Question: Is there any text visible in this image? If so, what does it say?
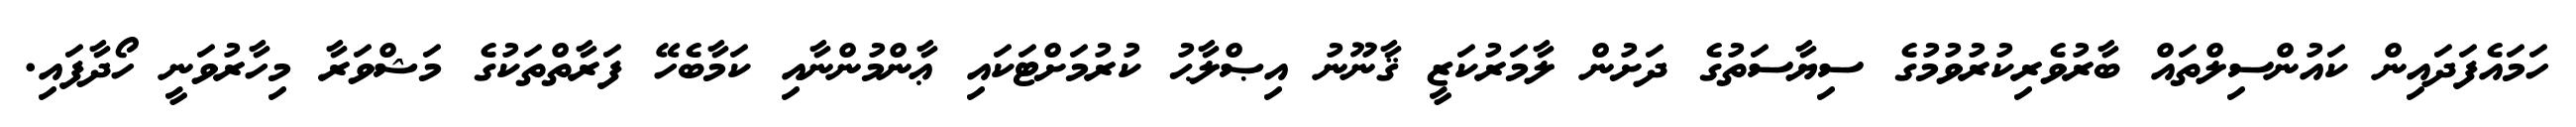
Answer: ހަމައެފަދައިން ކައުންސިލްތައް ބާރުވެރިކުރުވުމުގެ ސިޔާސަތުގެ ދަށުން ލާމަރުކަޒީ ޤާނޫނު އިޞްލާޙު ކުރުމަށްޓަކައި ޢާންމުންނާއި ކަމާބެހޭ ފަރާތްތަކުގެ މަޝްވަރާ މިހާރުވަނީ ހޯދާފައި.